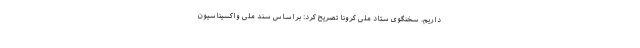
داریم. سخنگوی ستاد ملی کرونا تصریح کرد: براساس سند ملی واکسیناسیون